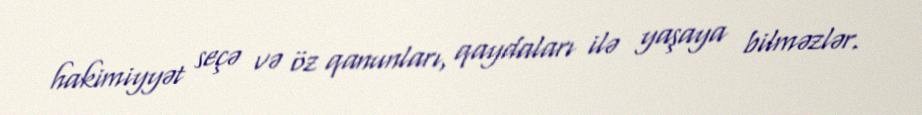
hakimiyyət seçə və öz qanunları, qaydaları ilə yaşaya bilməzlər.